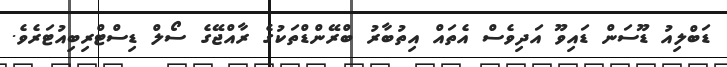
ޑަބްލިއު ޑޫސަން ޑައިވޫ އަދިވެސް އެތައް އިތުބާރު ބްރޭންޑްތަކުގެ ރާއްޖޭގެ ސޯލް ޑިސްޓްރިބިއުޓަރެވެ.